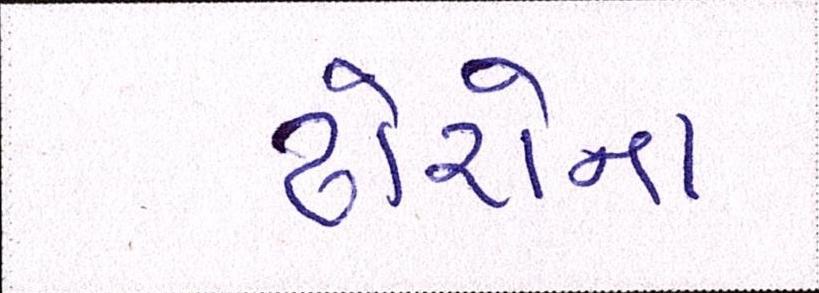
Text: ઢોરોના